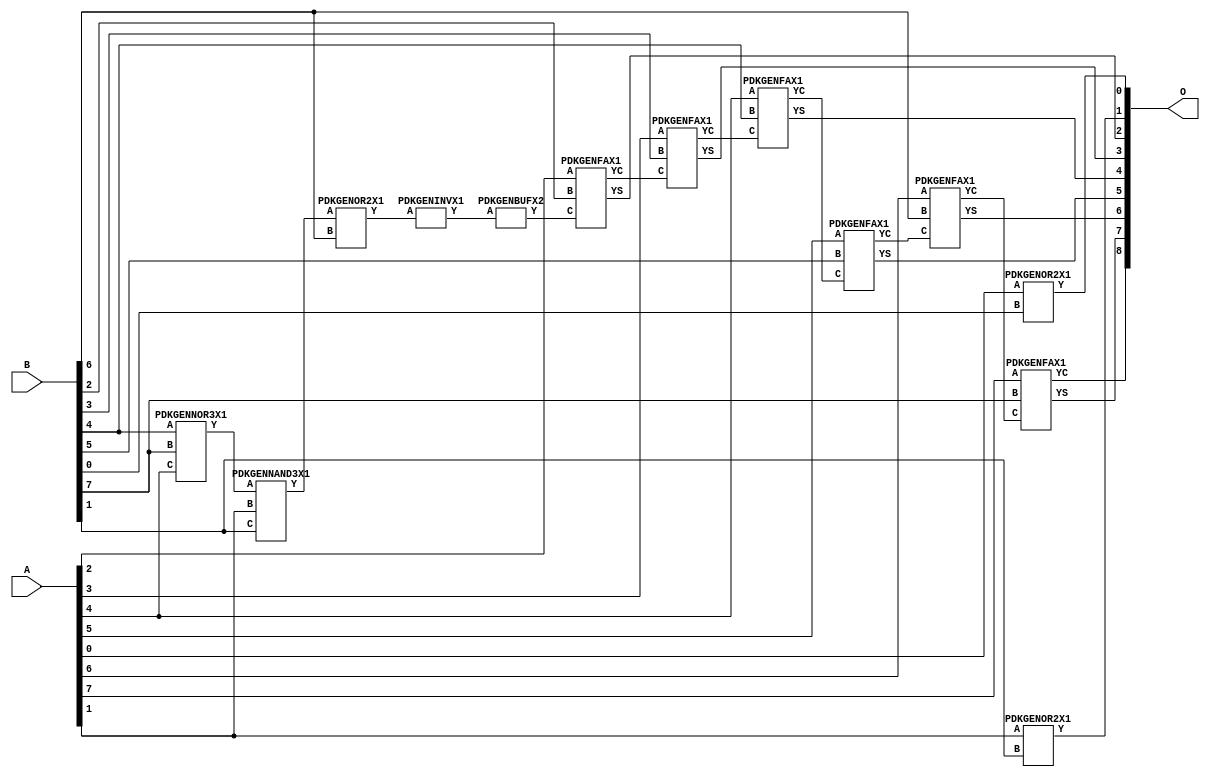
// Library = EvoApprox8b
// Circuit = add8_311
// Area   (180) = 956
// Delay  (180) = 1.850
// Power  (180) = 267.10
// Area   (45) = 69
// Delay  (45) = 0.690
// Power  (45) = 26.28
// Nodes = 13
// HD = 87936
// MAE = 0.74219
// MSE = 1.46875
// MRE = 0.39 %
// WCE = 3
// WCRE = 50 %
// EP = 43.8 %

module add8_311(A, B, O);
  input [7:0] A;
  input [7:0] B;
  output [8:0] O;
  wire [2031:0] N;

  assign N[0] = A[0];
  assign N[1] = A[0];
  assign N[2] = A[1];
  assign N[3] = A[1];
  assign N[4] = A[2];
  assign N[5] = A[2];
  assign N[6] = A[3];
  assign N[7] = A[3];
  assign N[8] = A[4];
  assign N[9] = A[4];
  assign N[10] = A[5];
  assign N[11] = A[5];
  assign N[12] = A[6];
  assign N[13] = A[6];
  assign N[14] = A[7];
  assign N[15] = A[7];
  assign N[16] = B[0];
  assign N[17] = B[0];
  assign N[18] = B[1];
  assign N[19] = B[1];
  assign N[20] = B[2];
  assign N[21] = B[2];
  assign N[22] = B[3];
  assign N[23] = B[3];
  assign N[24] = B[4];
  assign N[25] = B[4];
  assign N[26] = B[5];
  assign N[27] = B[5];
  assign N[28] = B[6];
  assign N[29] = B[6];
  assign N[30] = B[7];
  assign N[31] = B[7];

  PDKGENOR2X1 n32(.A(N[0]), .B(N[16]), .Y(N[32]));
  PDKGENNOR3X1 n58(.A(N[24]), .B(N[30]), .C(N[8]), .Y(N[58]));
  PDKGENNAND3X1 n62(.A(N[58]), .B(N[2]), .C(N[18]), .Y(N[62]));
  assign N[63] = N[62];
  PDKGENOR2X1 n82(.A(N[2]), .B(N[18]), .Y(N[82]));
  assign N[83] = N[82];
  PDKGENOR2X1 n104(.A(N[63]), .B(N[28]), .Y(N[104]));
  PDKGENINVX1 n126(.A(N[104]), .Y(N[126]));
  assign N[127] = N[126];
  PDKGENBUFX2 n130(.A(N[127]), .Y(N[130]));
  assign N[131] = N[130];
  PDKGENFAX1 n132(.A(N[4]), .B(N[20]), .C(N[131]), .YS(N[132]), .YC(N[133]));
  PDKGENFAX1 n182(.A(N[6]), .B(N[22]), .C(N[133]), .YS(N[182]), .YC(N[183]));
  PDKGENFAX1 n232(.A(N[8]), .B(N[24]), .C(N[183]), .YS(N[232]), .YC(N[233]));
  PDKGENFAX1 n282(.A(N[10]), .B(N[26]), .C(N[233]), .YS(N[282]), .YC(N[283]));
  PDKGENFAX1 n332(.A(N[12]), .B(N[28]), .C(N[283]), .YS(N[332]), .YC(N[333]));
  PDKGENFAX1 n382(.A(N[14]), .B(N[30]), .C(N[333]), .YS(N[382]), .YC(N[383]));

  assign O[0] = N[32];
  assign O[1] = N[83];
  assign O[2] = N[132];
  assign O[3] = N[182];
  assign O[4] = N[232];
  assign O[5] = N[282];
  assign O[6] = N[332];
  assign O[7] = N[382];
  assign O[8] = N[383];

endmodule
/* mod */
module PDKGENNAND3X1(input A, input B, input C, output Y );
     assign Y = ~((A & B) & C);
endmodule
/* mod */
module PDKGENOR2X1(input A, input B, output Y );
     assign Y = A | B;
endmodule
/* mod */
module PDKGENINVX1(input A, output Y );
     assign Y = ~A;
endmodule
/* mod */
module PDKGENFAX1( input A, input B, input C, output YS, output YC );
    assign YS = (A ^ B) ^ C;
    assign YC = (A & B) | (B & C) | (A & C);
endmodule
/* mod */
module PDKGENNOR3X1(input A, input B, input C, output Y );
     assign Y = ~((A | B) | C);
endmodule
/* mod */
module PDKGENBUFX2(input A, output Y );
     assign Y = A;
endmodule